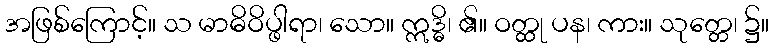
အဖြစ်ကြောင့်။ သ မာဓိဝိပ္ဖါရာ၊ သော။ ဣဒ္ဓိ၊ ၏။ ဝတ္ထု ပန၊ ကား။ သုတ္တေ၊ ၌။